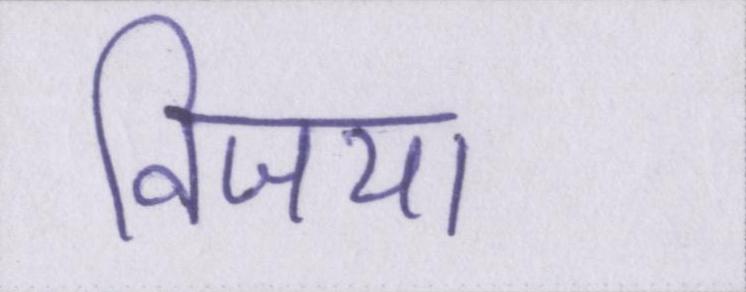
विजया